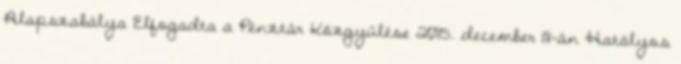
Alapszabálya Elfogadta a Pénztár Közgyűlése 2015. december 18-án Hatályos